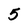
Character: 5